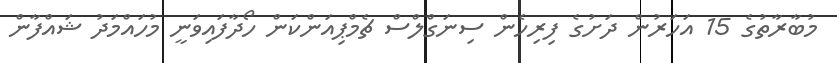
މުބާރާތުގެ 15 އަހަރުން ދަށުގެ ފިރިހެން ސިނަގްލްސް ޗެމްޕިއަންކަން ހޯދާފައިވަނީ މުހައްމަދު ޝައްފާން